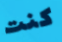
كنت